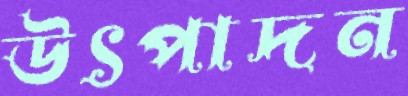
উৎপাদন